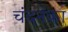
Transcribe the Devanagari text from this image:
चंदनका